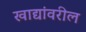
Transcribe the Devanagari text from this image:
खाद्यांवरील